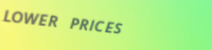
LOWER PRICES